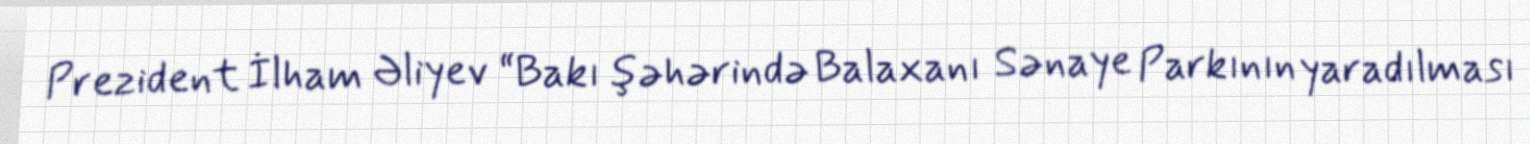
Prezident İlham Əliyev “Bakı şəhərində Balaxanı Sənaye Parkının yaradılması